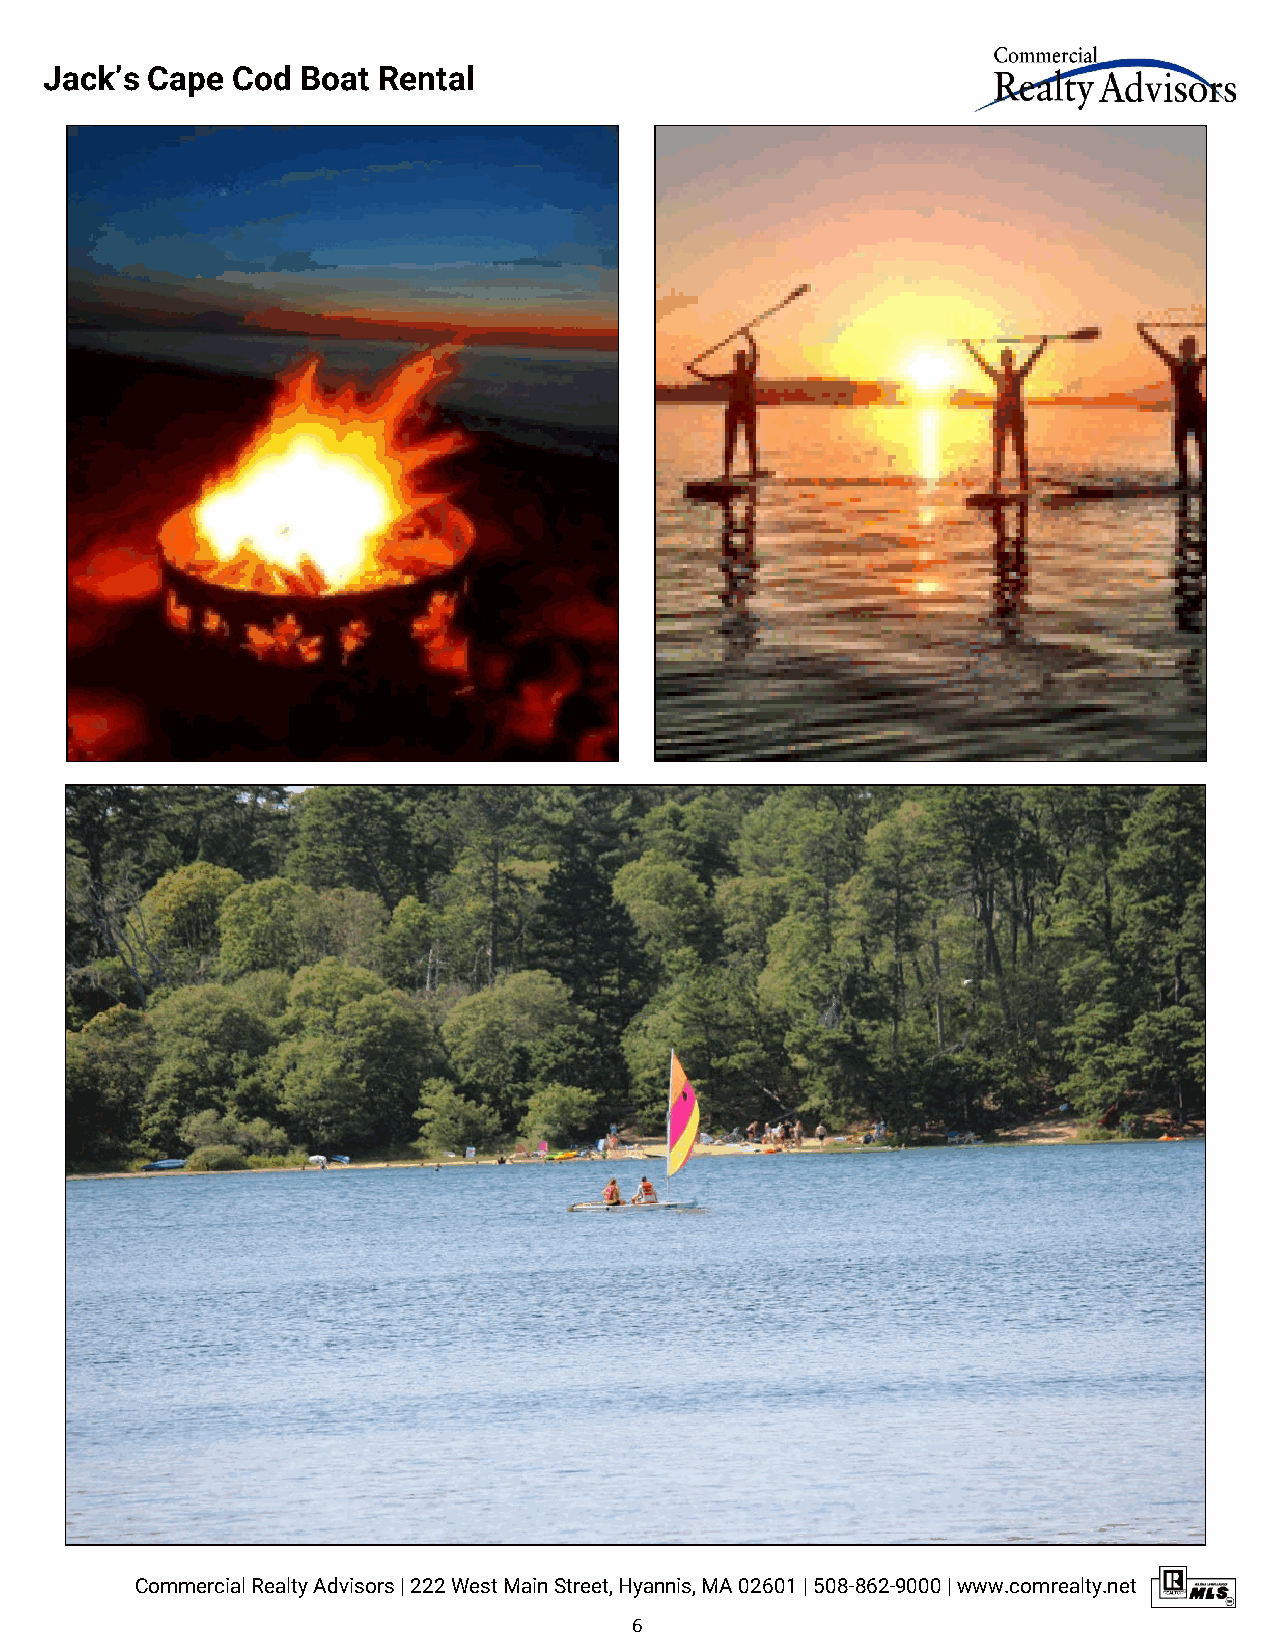
Jack’s Cape Cod  Boat Rental
 Commercial Realty Advisors | 222 West Main Street, Hyannis, MA 02601 | 508-862-9000 | www.comrealty.net
 6